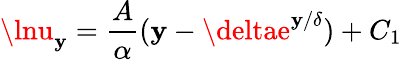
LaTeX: \lnu_{\mathbf{y}}=\frac{{A}}{{\alpha}}(\mathbf{y}-\deltae^{{\mathbf{y}}/{\delta}})+C_{1}